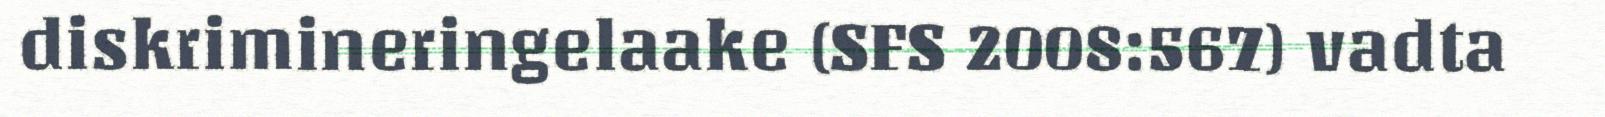
diskrimineringelaake (SFS 2008:567) vadta